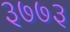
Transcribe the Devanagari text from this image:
३७७३